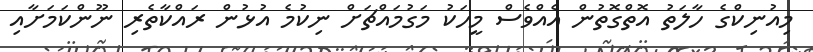
މިއުނިކްގެ ހާލަތު އޮތްގޮތުން އެއްވެސް މީހަކު މަގުމައްޗަށް ނިކުމެ އުޅުން ރައްކާތެރި ނޫންކަމަށާއި